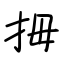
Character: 拇